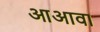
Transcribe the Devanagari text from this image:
आअावा